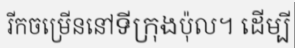
រីកចម្រើននៅទីក្រុងប៉ុល។ ដើម្បី